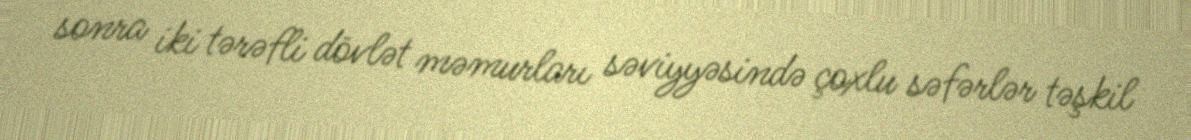
sonra iki tərəfli dövlət məmurları səviyyəsində çoxlu səfərlər təşkil